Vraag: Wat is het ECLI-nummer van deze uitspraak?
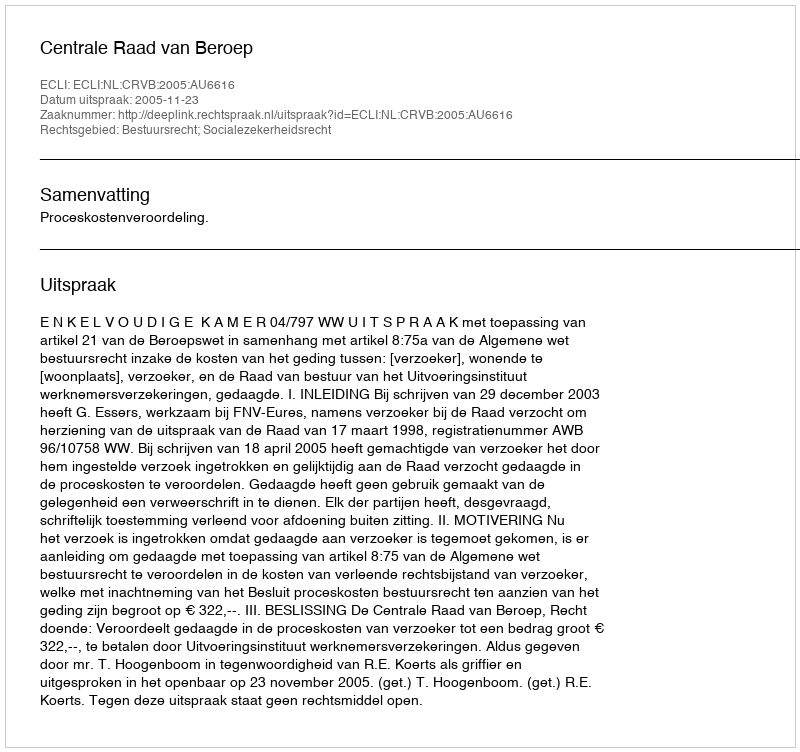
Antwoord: ECLI:NL:CRVB:2005:AU6616